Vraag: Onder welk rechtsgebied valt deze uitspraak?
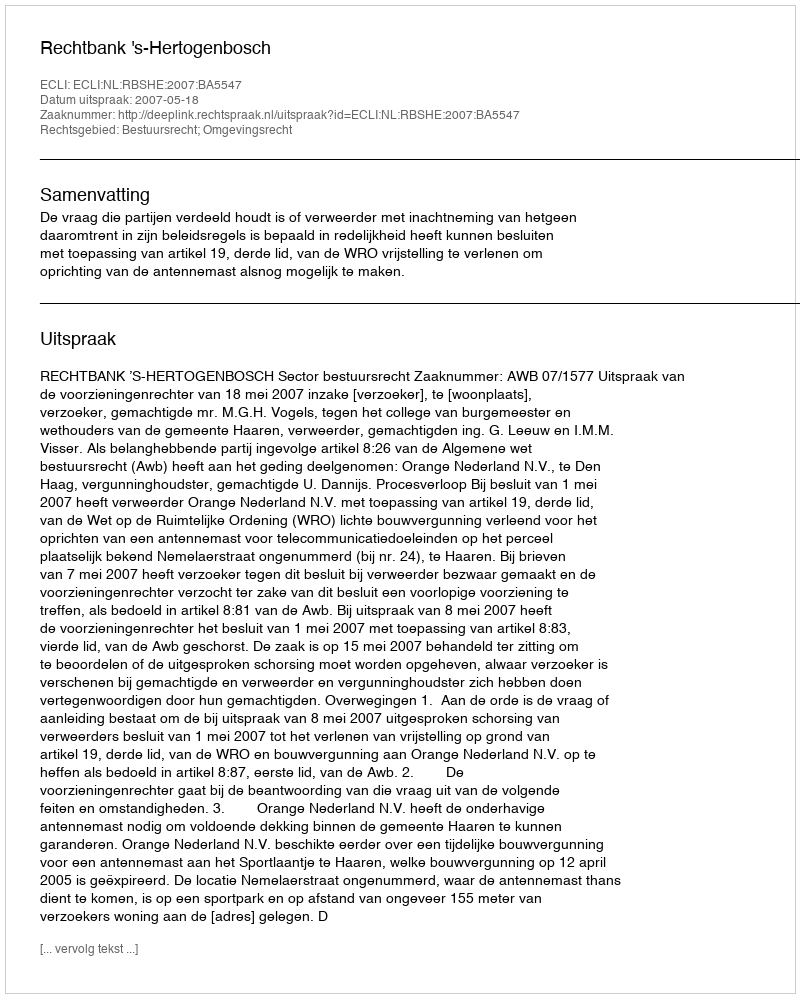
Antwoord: Bestuursrecht; Omgevingsrecht